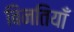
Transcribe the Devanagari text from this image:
बिनतियाँ